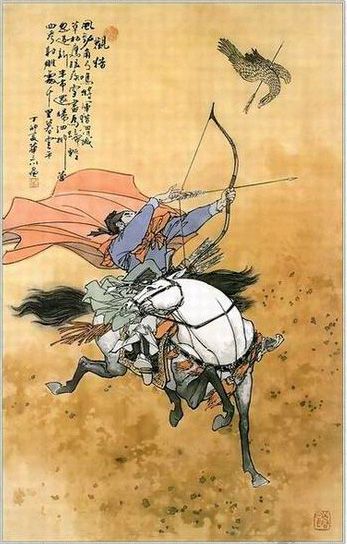
风劲角弓鸣，将军猎渭城。